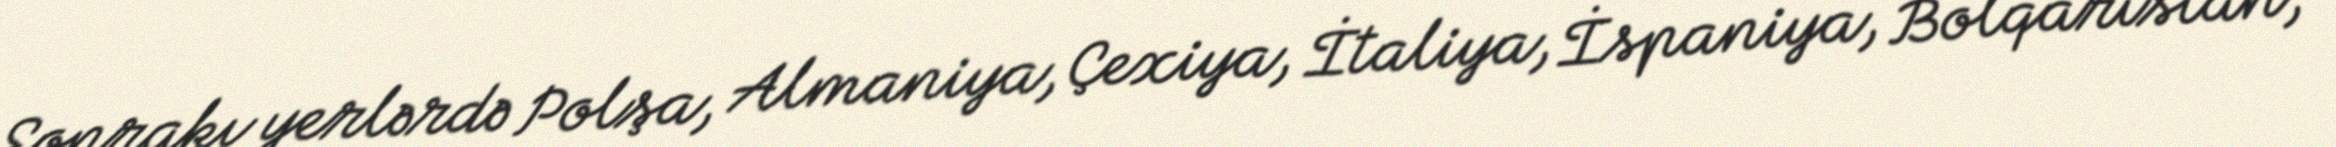
Sonrakı yerlərdə Polşa, Almaniya, Çexiya, İtaliya, İspaniya, Bolqarıstan,